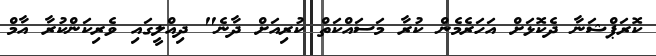
ކޮރަޕްޝަނާ ދެކޮޅަށް އަހަރެމެން ކުރާ މަސައްކަތް ކުރިއަށް ދާނެ" ދިއްލީގައި ވެރިކަންކުރާ އާމް